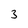
Character: 3